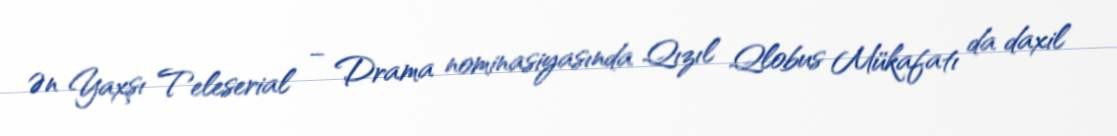
Ən Yaxşı Teleserial – Drama nominasiyasında Qızıl Qlobus Mükafatı da daxil